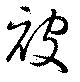
被